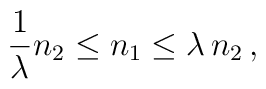
\frac{1}{\lambda} n_2 \leq n_1 \leq \lambda \, n_2 \, ,